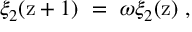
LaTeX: \xi _ { 2 } ( \mathrm { z } + 1 ) \ = \ \omega \xi _ { 2 } ( \mathrm { z } ) \ ,